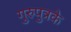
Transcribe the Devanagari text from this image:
गुरुपुत्रके